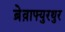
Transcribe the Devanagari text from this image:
ब्रेव़ाफ्युरथुर